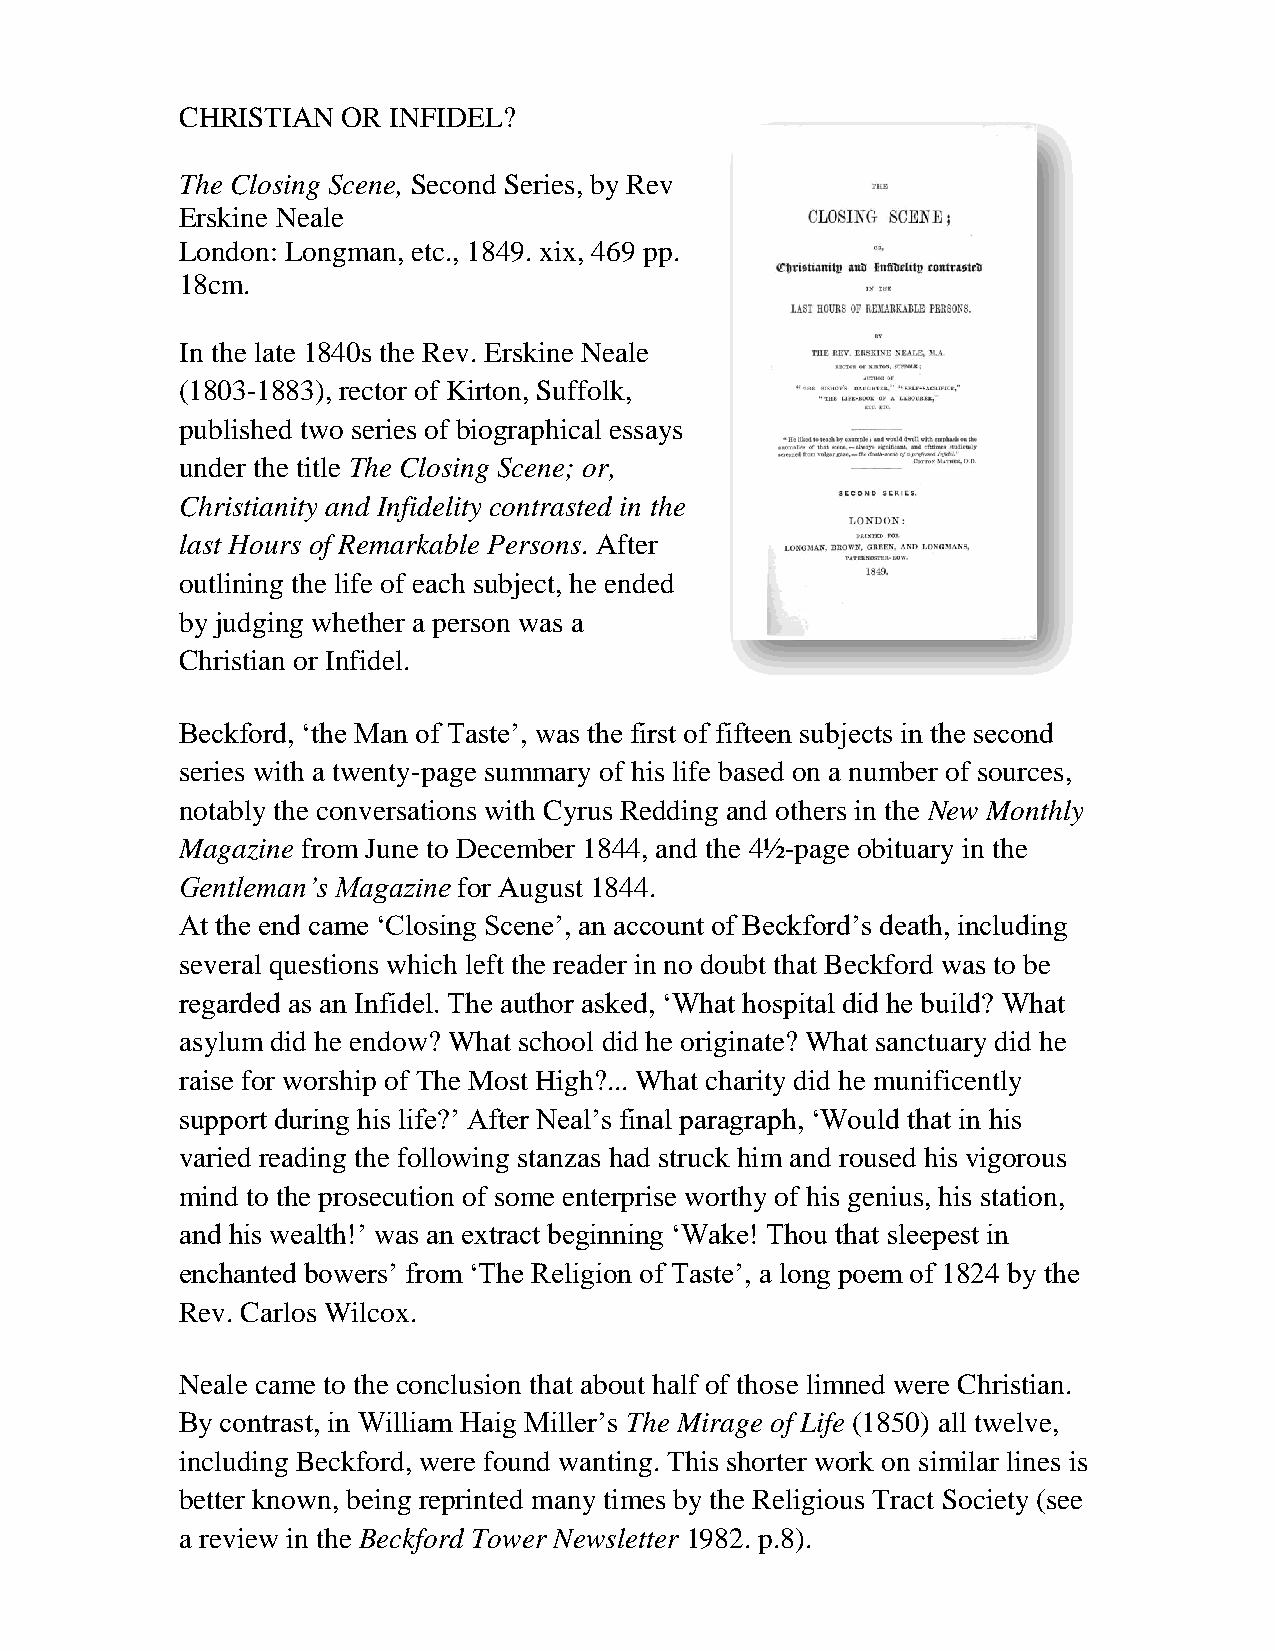
CHRISTIAN  OR INFIDEL?
 The Closing Scene, Second Series, by Rev
 Erskine Neale
 London: Longman, etc., 1849. xix, 469 pp.
 18cm.
 In the late 1840s the Rev. Erskine Neale
 (1803-1883), rector of Kirton, Suffolk,
 published two series of biographical essays
 under the title The Closing Scene; or,
 Christianity and Infidelity contrasted in the
 last Hours of Remarkable Persons. After
 outlining the life of each subject, he ended
 by judging whether a person was a
 Christian or Infidel.
 Beckford, ‘the Man of Taste’, was the first of fifteen subjects in the second
 series with a twenty-page summary of his life based on a number of sources,
 notably the conversations with Cyrus Redding and others in the New Monthly
 Magazine from June to December 1844, and the 4½-page obituary in the
 Gentleman’s Magazine for August 1844.
 At the end came ‘Closing Scene’, an account of Beckford’s death, including
 several questions which left the reader in no doubt that Beckford was to be
 regarded as an Infidel. The author asked, ‘What hospital did he build? What
 asylum did he endow? What school did he originate? What sanctuary did he
 raise for worship of The Most High?... What charity did he munificently
 support during his life?’ After Neal’s final paragraph, ‘Would that in his
 varied reading the following stanzas had struck him and roused his vigorous
 mind to the prosecution of some enterprise worthy of his genius, his station,
 and his wealth!’ was an extract beginning ‘Wake! Thou that sleepest in
 enchanted bowers’ from ‘The Religion of Taste’, a long poem of 1824 by the
 Rev. Carlos Wilcox.
 Neale came to the conclusion that about half of those limned were Christian.
 By contrast, in William Haig Miller’s The Mirage of Life (1850) all twelve,
 including Beckford, were found wanting. This shorter work on similar lines is
 better known, being reprinted many times by the Religious Tract Society (see
 a review in the Beckford Tower Newsletter 1982. p.8).